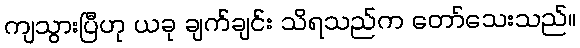
ကျသွားပြီဟု ယခု ချက်ချင်း သိရသည်က တော်သေးသည်။